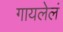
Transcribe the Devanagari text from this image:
गायलेलं